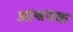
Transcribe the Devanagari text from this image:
आश्वयक